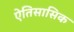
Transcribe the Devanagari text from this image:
ऐतिसासिक